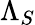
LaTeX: \Lambda_{S}